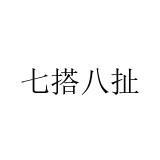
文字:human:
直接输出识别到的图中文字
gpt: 七搭八扯